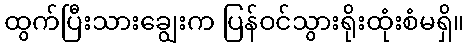
ထွက်ပြီးသားချွေးက ပြန်ဝင်သွားရိုးထုံးစံမရှိ။